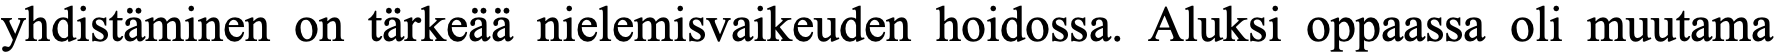
yhdistäminen on tärkeää nielemisvaikeuden hoidossa. Aluksi oppaassa oli muutama